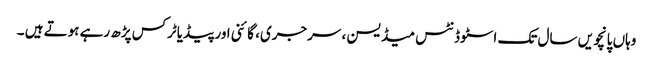
وہاں پانچویں سال تک اسٹوڈنٹس میڈیسن ، سرجری، گائنی اور پیڈیاٹرکس پڑھ رہے ہوتے ہیں ۔